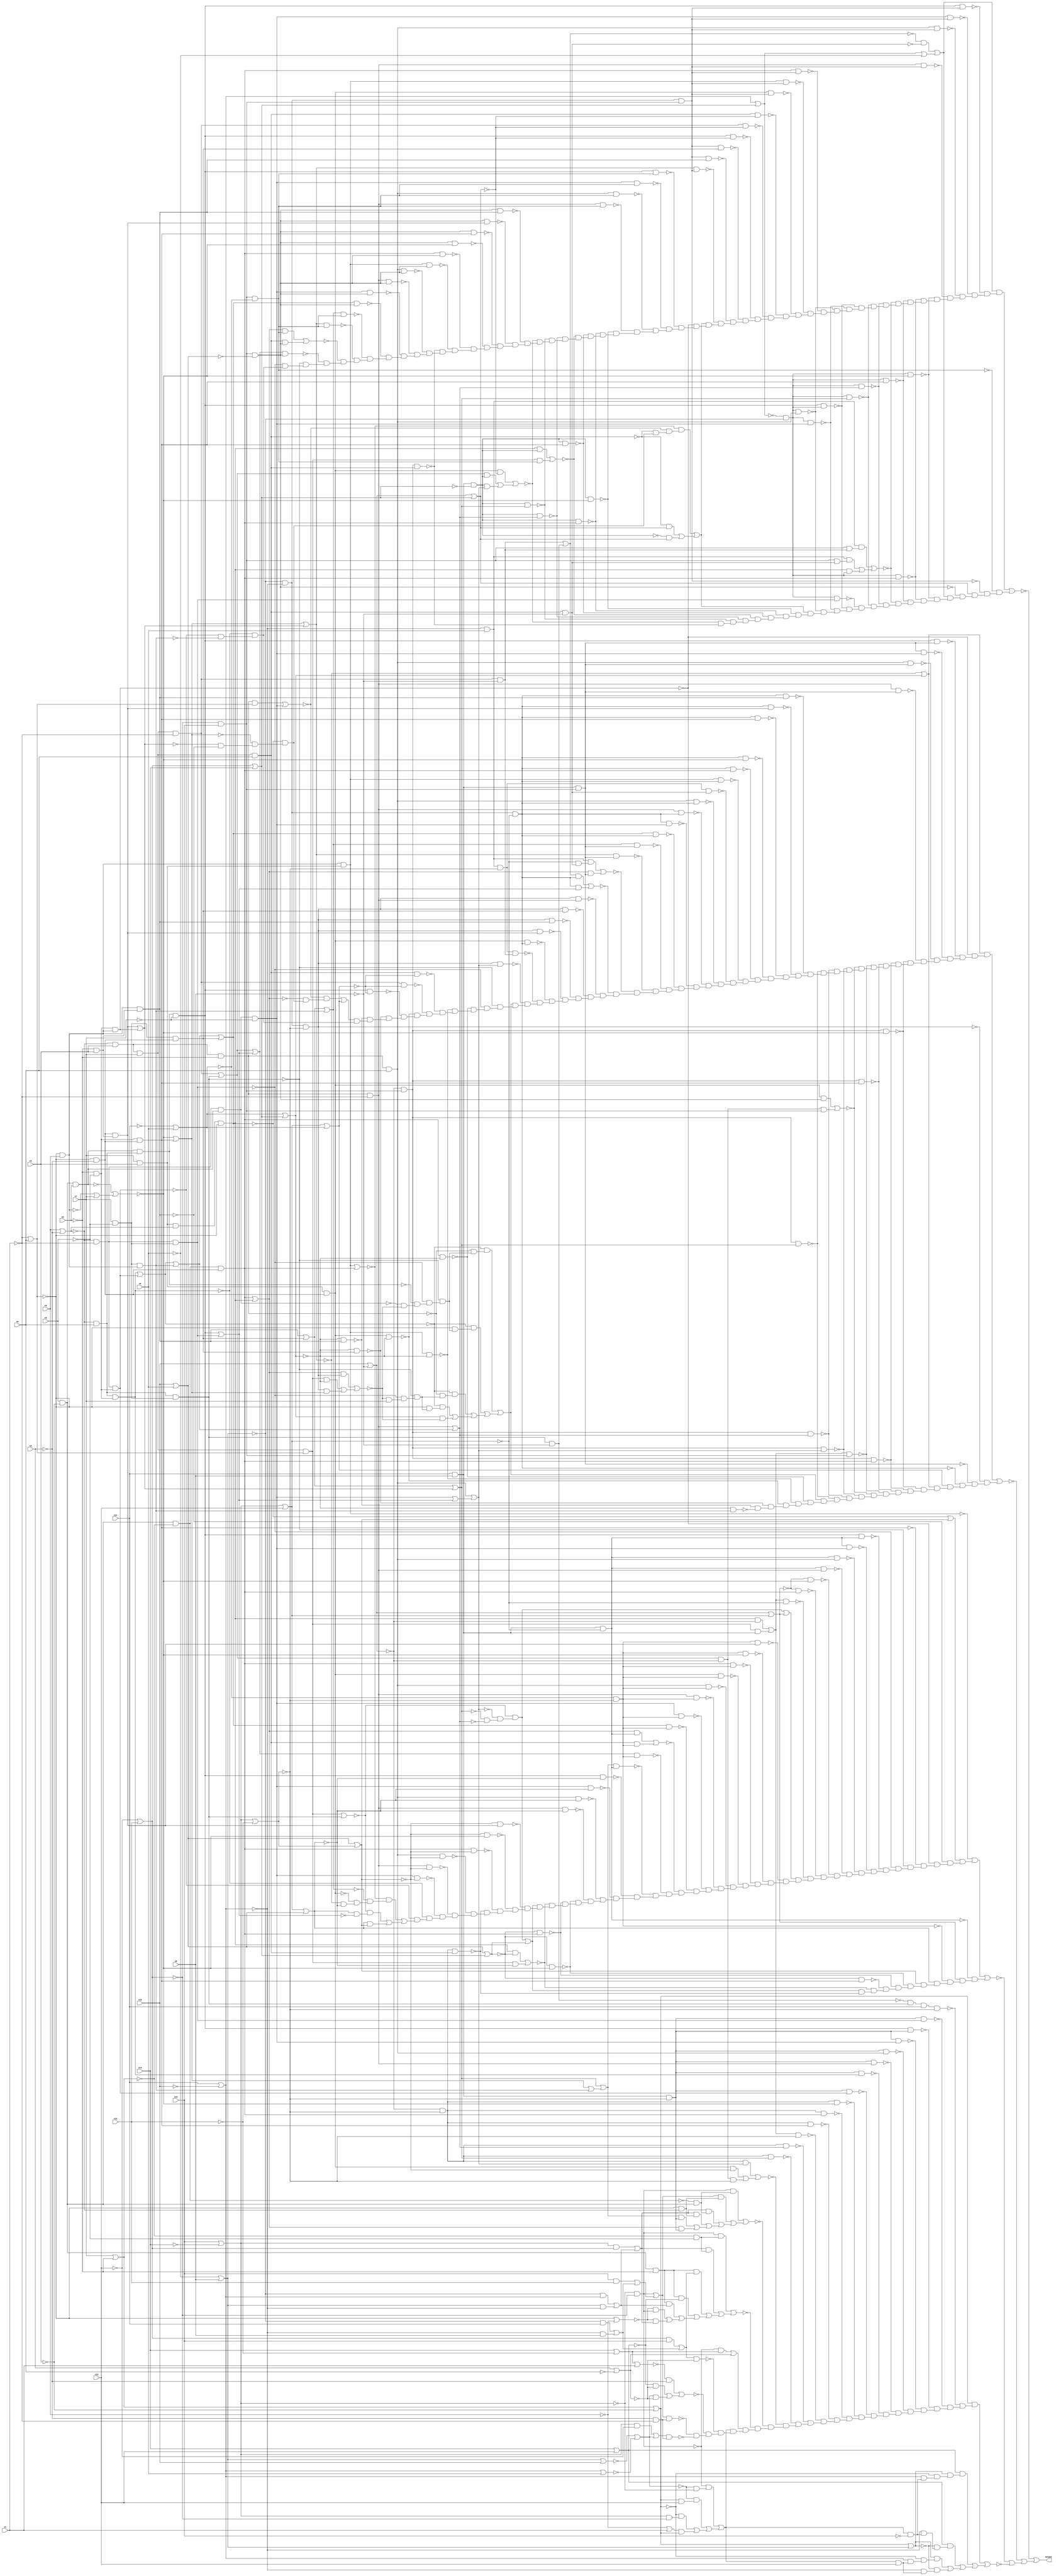
// IWLS benchmark module "t481" printed on Wed May 29 17:29:17 2002
module t481(v0, v1, v2, v3, v4, v5, v6, v7, v8, v9, v10, v11, v12, v13, v14, v15, \v16.0 );
input
  v10,
  v11,
  v12,
  v13,
  v14,
  v15,
  v0,
  v1,
  v2,
  v3,
  v4,
  v5,
  v6,
  v7,
  v8,
  v9;
output
  \v16.0 ;
wire
  \[60] ,
  \[338] ,
  \[145] ,
  \[13028] ,
  \[61] ,
  \[146] ,
  \[62] ,
  \[13963] ,
  \[147] ,
  \[63] ,
  \[148] ,
  \[64] ,
  \[13412] ,
  \[149] ,
  \[436] ,
  \[65] ,
  \[12664] ,
  \[8397] ,
  \[66] ,
  \[1182] ,
  \[8415] ,
  \[438] ,
  \[67] ,
  \[439] ,
  \[68] ,
  \[69] ,
  \[13129] ,
  \[343] ,
  \[0] ,
  \[344] ,
  \[1] ,
  \[345] ,
  \[2] ,
  \[13592] ,
  \[153] ,
  \[3] ,
  \[440] ,
  \[5649] ,
  \[12961] ,
  \[1478] ,
  \[154] ,
  \[4] ,
  \[441] ,
  \[70] ,
  \[155] ,
  \[5] ,
  \[442] ,
  \[71] ,
  \[156] ,
  \[6] ,
  \[443] ,
  \[72] ,
  \[7] ,
  \[73] ,
  \[11753] ,
  \[8] ,
  \[74] ,
  \[2687] ,
  \[159] ,
  \[9] ,
  \[75] ,
  \[11472] ,
  \[2705] ,
  \[76] ,
  \[448] ,
  \[77] ,
  \[449] ,
  \[78] ,
  \[256] ,
  \[79] ,
  \[6571] ,
  \[259] ,
  \[10079] ,
  \[13694] ,
  \[163] ,
  \[1581] ,
  \[164] ,
  \[80] ,
  \[11190] ,
  \[165] ,
  \[81] ,
  \[453] ,
  \[82] ,
  \[260] ,
  \[454] ,
  \[83] ,
  \[261] ,
  \[455] ,
  \[84] ,
  \[262] ,
  \[8433] ,
  \[169] ,
  \[456] ,
  \[85] ,
  \[263] ,
  \[86] ,
  \[458] ,
  \[87] ,
  \[11576] ,
  \[13525] ,
  \[88] ,
  \[13627] ,
  \[12494] ,
  \[89] ,
  \[361] ,
  \[268] ,
  \[362] ,
  \[1030] ,
  \[269] ,
  \[12784] ,
  \[363] ,
  \[364] ,
  \[171] ,
  \[14256] ,
  \[10] ,
  \[5667] ,
  \[365] ,
  \[172] ,
  \[11] ,
  \[1033] ,
  \[173] ,
  \[12] ,
  \[1514] ,
  \[367] ,
  \[174] ,
  \[13] ,
  \[368] ,
  \[14] ,
  \[91] ,
  \[13244] ,
  \[15] ,
  \[463] ,
  \[92] ,
  \[270] ,
  \[464] ,
  \[93] ,
  \[10110] ,
  \[2723] ,
  \[17] ,
  \[465] ,
  \[13348] ,
  \[94] ,
  \[18] ,
  \[95] ,
  \[96] ,
  \[97] ,
  \[98] ,
  \[100] ,
  \[99] ,
  \[101] ,
  \[102] ,
  \[373] ,
  \[103] ,
  \[374] ,
  \[104] ,
  \[181] ,
  \[375] ,
  \[105] ,
  \[106] ,
  \[183] ,
  \[10095] ,
  \[107] ,
  \[184] ,
  \[23] ,
  \[108] ,
  \[185] ,
  \[24] ,
  \[109] ,
  \[187] ,
  \[26] ,
  \[474] ,
  \[27] ,
  \[475] ,
  \[12822] ,
  \[28] ,
  \[476] ,
  \[300] ,
  \[29] ,
  \[13063] ,
  \[477] ,
  \[301] ,
  \[302] ,
  \[303] ,
  \[110] ,
  \[1241] ,
  \[287] ,
  \[304] ,
  \[111] ,
  \[288] ,
  \[305] ,
  \[112] ,
  \[289] ,
  \[10319] ,
  \[113] ,
  \[307] ,
  \[114] ,
  \[308] ,
  \[115] ,
  \[672] ,
  \[403] ,
  \[193] ,
  \[32] ,
  \[5689] ,
  \[117] ,
  \[404] ,
  \[194] ,
  \[33] ,
  \[118] ,
  \[10123] ,
  \[405] ,
  \[195] ,
  \[34] ,
  \[119] ,
  \[35] ,
  \[1537] ,
  \[213] ,
  \[36] ,
  \[214] ,
  \[215] ,
  \[216] ,
  \[293] ,
  \[39] ,
  \[218] ,
  \[313] ,
  \[120] ,
  \[314] ,
  \[121] ,
  \[298] ,
  \[5711] ,
  \[315] ,
  \[299] ,
  \[10516] ,
  \[393] ,
  \[123] ,
  \[394] ,
  \[124] ,
  \[40] ,
  \[395] ,
  \[125] ,
  \[12359] ,
  \[41] ,
  \[1063] ,
  \[396] ,
  \[127] ,
  \[971] ,
  \[43] ,
  \[11539] ,
  \[129] ,
  \[45] ,
  \[223] ,
  \[46] ,
  \[224] ,
  \[10693] ,
  \[47] ,
  \[48] ,
  \[49] ,
  \[130] ,
  \[14213] ,
  \[13103] ,
  \[131] ,
  \[132] ,
  \[12848] ,
  \[12745] ,
  \[133] ,
  \[10795] ,
  \[134] ,
  \[50] ,
  \[135] ,
  \[51] ,
  \[136] ,
  \[52] ,
  \[11641] ,
  \[53] ,
  \[54] ,
  \[10626] ,
  \[55] ,
  \[10728] ,
  \[56] ,
  \[2669] ,
  \[57] ,
  \[1559] ,
  \[58] ,
  \[59] ,
  \[794] ,
  \[14132] ,
  \[333] ,
  \[1464] ,
  \[334] ,
  \[13386] ,
  \[335] ,
  \[1273] ,
  \[336] ,
  \[143] ,
  \[13311] ;
assign
  \[60]  = \[12]  | \[10] ,
  \[338]  = 0,
  \[145]  = \[53]  | (\[52]  | \[8433] ),
  \[13028]  = \[109]  & \[53] ,
  \[61]  = \[33]  & \[11] ,
  \[146]  = \[129]  & ~\[6] ,
  \[62]  = \[45]  & ~\[15] ,
  \[13963]  = \[85]  & \[61] ,
  \[147]  = \[45]  & ~v6,
  \[63]  = v2 | ~v0,
  \[148]  = ~\[1581]  & \[5649] ,
  \[64]  = \[62]  & \[47] ,
  \[13412]  = \[118]  & \[65] ,
  \[149]  = v7 & ~v5,
  \[436]  = \[84]  & ~\[58] ,
  \[65]  = \[11]  & ~\[10] ,
  \[12664]  = \[77]  & \[67] ,
  \[8397]  = \[169]  & \[159] ,
  \[66]  = \[5711]  & ~v7,
  \[1182]  = (~\[132]  & (~\[55]  & (~\[53]  & ~\[50] ))) | \[71] ,
  \[8415]  = \[174]  & \[159] ,
  \[438]  = 0,
  \[67]  = \[33]  & ~\[12] ,
  \[439]  = \[120]  & ~\[58] ,
  \[68]  = \[5]  | v9,
  \[69]  = (~\[7]  & \[5] ) | (\[7]  & ~\[5] ),
  \[13129]  = (\[101]  & \[56] ) | (\[89]  & \[11] ),
  \[343]  = \[109]  & \[64] ,
  \[0]  = ~\[794]  | (~\[1033]  | (~\[1273]  | ~\[1514] )),
  \[344]  = \[109]  & ~\[13] ,
  \[1]  = ~v13 | v12,
  \[345]  = \[109]  & \[2723] ,
  \[2]  = v15 | ~v14,
  \[13592]  = \[82]  & \[53] ,
  \[153]  = \[75]  & ~\[54] ,
  \[3]  = \[1]  | v14,
  \[440]  = \[100]  & ~\[58] ,
  \[5649]  = \[169]  & \[149] ,
  \[12961]  = \[59]  & \[11] ,
  \[1478]  = (~\[114]  & \[48] ) | \[63] ,
  \[154]  = \[73]  & ~\[54] ,
  \[4]  = v3 | ~v2,
  \[441]  = \[101]  & \[61] ,
  \[70]  = \[7]  | v10,
  \[155]  = \[66]  & ~\[54] ,
  \[5]  = v11 | ~v10,
  \[442]  = \[102]  & \[61] ,
  \[71]  = \[9]  | \[3] ,
  \[156]  = \[84]  & ~\[54] ,
  \[6]  = ~v1 | v0,
  \[443]  = \[64]  & \[61] ,
  \[72]  = \[23]  & \[11] ,
  \[7]  = ~v9 | v8,
  \[73]  = \[36]  & v0,
  \[11753]  = \[59]  & ~\[12] ,
  \[8]  = \[2]  | ~v12,
  \[74]  = ~\[6]  & v3,
  \[2687]  = \[47]  & (~v6 & v4),
  \[159]  = ~v6 & ~v5,
  \[9]  = v10 | v9,
  \[75]  = \[36]  & ~v1,
  \[11472]  = \[77]  & \[57] ,
  \[2705]  = \[159]  & \[74] ,
  \[76]  = \[17]  | \[12] ,
  \[448]  = \[61]  & \[2669] ,
  \[77]  = \[41]  | \[6571] ,
  \[449]  = \[61]  & \[6571] ,
  \[78]  = (v15 & v12) | \[49] ,
  \[256]  = \[84]  & ~\[60] ,
  \[79]  = \[23]  & ~\[8] ,
  \[6571]  = \[149]  & \[47] ,
  \[259]  = \[101]  & ~\[18] ,
  \[10079]  = \[108]  & (~v2 & ~v1),
  \[13694]  = (\[101]  & ~\[58] ) | ((\[88]  & \[82] ) | (\[82]  & \[55] )),
  \[163]  = ~\[71]  & \[64] ,
  \[1581]  = \[5649]  & ~v8,
  \v16.0  = \[0] ,
  \[164]  = ~\[71]  & ~\[13] ,
  \[80]  = \[23]  & ~\[12] ,
  \[11190]  = (\[146]  & ~\[71] ) | (\[110]  & ~\[54] ),
  \[165]  = ~\[71]  & \[2723] ,
  \[81]  = \[33]  & ~\[8] ,
  \[453]  = \[75]  & \[61] ,
  \[82]  = \[23]  & ~\[3] ,
  \[260]  = \[120]  & ~\[60] ,
  \[454]  = \[73]  & \[61] ,
  \[83]  = ~\[14]  & ~\[7] ,
  \[261]  = \[100]  & ~\[60] ,
  \[455]  = \[66]  & \[61] ,
  \[84]  = \[5689]  & ~v7,
  \[262]  = \[102]  & ~\[18] ,
  \[8433]  = \[149]  & \[74] ,
  \[169]  = ~\[4]  & v0,
  \[456]  = \[84]  & \[61] ,
  \[85]  = \[52]  | \[40] ,
  \[263]  = \[64]  & ~\[18] ,
  \[86]  = ~\[5]  & v9,
  \[458]  = 0,
  \[87]  = ~\[70]  | ~\[68] ,
  \[11576]  = (\[115]  & \[80] ) | (\[100]  & \[57] ),
  \[13525]  = (\[146]  & \[82] ) | (\[110]  & \[65] ),
  \[88]  = \[120]  | \[5649] ,
  \[13627]  = \[82]  & \[50] ,
  \[12494]  = \[81]  & \[55] ,
  \[89]  = \[88]  & ~\[17] ,
  \[361]  = \[109]  & \[100] ,
  \[268]  = ~\[18]  & \[2669] ,
  \[362]  = \[102]  & \[56] ,
  \[1030]  = (~\[117]  & (~\[115]  & (~\[77]  & (~\[52]  & (~\[40]  & ~\[2669] ))))) | \[60] ,
  \[269]  = ~\[18]  & \[6571] ,
  \[12784]  = (\[86]  & (~\[12]  & \[1537] )) | (\[115]  & \[72] ),
  \[363]  = \[64]  & \[56] ,
  \[364]  = \[56]  & ~\[13] ,
  \[171]  = \[45]  & v6,
  \[14256]  = \[83]  & \[50] ,
  \[10]  = ~v11 | v9,
  \[5667]  = \[174]  & \[149] ,
  \[365]  = \[56]  & \[2723] ,
  \[172]  = \[148]  & v11,
  \[11]  = ~\[1]  & v15,
  \[1033]  = (\[28]  & (~\[2705]  & (~\[336]  & (~\[335]  & (~\[334]  & (~\[333]  & (~\[344]  & (~\[343]  & (~\[345]  & (~\[12961]  & (~\[13129]  & (~\[13103]  & (~\[13063]  & (~\[13028]  & (~\[308]  & (~\[307]  & (~\[305]  & (~\[304]  & (~\[303]  & (~\[302]  & (~\[301]  & (~\[314]  & (~\[313]  & (~\[315]  & (~\[12664]  & (~\[12848]  & (~\[12822]  & (~\[12784]  & (~\[12745]  & (~\[293]  & (~\[289]  & (~\[288]  & (~\[287]  & (~\[299]  & (~\[300]  & (~\[12494]  & (\[971]  & (~\[5649]  & (~\[5667]  & (~\[263]  & (~\[262]  & (~\[261]  & (~\[260]  & (~\[259]  & (~\[256]  & (~\[269]  & (~\[268]  & (\[1030]  & (~\[8397]  & (~\[8415]  & ~\[8433] )))))))))))))))))))))))))))))))))))))))))))))))))) | (~\[81]  & (~\[72]  & (~\[67]  & (\[60]  & (\[28]  & (~\[344]  & (~\[343]  & (~\[345]  & (~\[12961]  & (~\[13129]  & (~\[13103]  & (~\[13063]  & (~\[13028]  & (\[971]  & (~\[263]  & (~\[262]  & (~\[259]  & (~\[269]  & (~\[268]  & ~\[270] ))))))))))))))))))),
  \[173]  = \[86]  & ~\[8] ,
  \[12]  = \[2]  | v13,
  \[1514]  = (\[32]  & (~\[98]  & (~\[97]  & (~\[96]  & (~\[95]  & (~\[94]  & (~\[93]  & (~\[92]  & (~\[91]  & (~\[104]  & (~\[103]  & (~\[105]  & (~\[10626]  & (~\[10728]  & (~\[10693]  & (~\[10795]  & (~\[10516]  & (~\[10319]  & (\[1478]  & (\[1464]  & (~\[10123]  & (~\[10110]  & (~\[10095]  & ~\[10079] ))))))))))))))))))))))) | ((\[99]  & (\[34]  & (~\[32]  & (\[5]  & (\[1464]  & ~v15))))) | ((\[99]  & (~\[34]  & (~\[5]  & (\[1464]  & ~v15)))) | ((\[34]  & (~\[32]  & (\[5]  & (\[1464]  & v13)))) | (~\[34]  & (~\[5]  & (\[1464]  & v13)))))),
  \[367]  = \[56]  & \[2687] ,
  \[174]  = ~\[4]  & ~v1,
  \[13]  = ~\[171]  | (~\[74]  | v7),
  \[368]  = \[56]  & \[2669] ,
  \[14]  = \[5]  | \[3] ,
  \[91]  = \[79]  & \[8415] ,
  \[13244]  = \[77]  & \[56] ,
  \[15]  = v7 | ~v6,
  \[463]  = \[83]  & \[64] ,
  \[92]  = \[79]  & \[8397] ,
  \[270]  = ~\[18]  & \[8433] ,
  \[464]  = \[83]  & ~\[13] ,
  \[93]  = \[79]  & \[75] ,
  \[10110]  = (~\[119]  & ~v2) | ((~\[99]  & ~\[63] ) | (\[87]  & ~\[63] )),
  \[2723]  = \[159]  & \[47] ,
  \[17]  = v10 | ~v8,
  \[465]  = \[83]  & \[2723] ,
  \[13348]  = (\[115]  & \[65] ) | (\[100]  & \[56] ),
  \[94]  = \[79]  & \[73] ,
  \[18]  = \[10]  | \[3] ,
  \[95]  = \[79]  & \[66] ,
  \[96]  = \[84]  & \[79] ,
  \[97]  = \[79]  & \[5667] ,
  \[98]  = \[172]  & ~\[8] ,
  \[100]  = \[46]  & v0,
  \[99]  = v14 | v13,
  \[101]  = \[51]  & \[47] ,
  \[102]  = \[74]  & \[51] ,
  \[373]  = \[75]  & \[56] ,
  \[103]  = \[111]  & \[64] ,
  \[374]  = \[73]  & \[56] ,
  \[104]  = \[111]  & ~\[13] ,
  \[181]  = \[101]  & \[57] ,
  \[375]  = \[66]  & \[56] ,
  \[105]  = \[111]  & \[2723] ,
  \[106]  = (\[2]  & \[1] ) | \[69] ,
  \[183]  = \[64]  & \[57] ,
  \[10095]  = \[107]  & (~v2 & ~v1),
  \[107]  = \[114]  | \[78] ,
  \[184]  = \[57]  & ~\[13] ,
  \[23]  = v11 & v8,
  \[108]  = (\[2]  & ~v13) | \[87] ,
  \[185]  = 0,
  \[24]  = \[9]  | \[8] ,
  \[109]  = ~\[17]  & \[11] ,
  \[187]  = \[57]  & \[2687] ,
  \[26]  = (~\[131]  & ~\[1537] ) | (\[14]  | ~v9),
  \[474]  = \[83]  & \[73] ,
  \[27]  = ~\[4]  & v4,
  \[475]  = \[83]  & \[66] ,
  \[12822]  = \[85]  & \[72] ,
  \[28]  = ~\[85]  | \[18] ,
  \[476]  = \[84]  & \[83] ,
  \[300]  = \[173]  & \[1559] ,
  \[29]  = ~\[77]  | \[24] ,
  \[13063]  = \[109]  & \[50] ,
  \[477]  = \[83]  & \[5667] ,
  \[301]  = \[173]  & \[1537] ,
  \[302]  = \[102]  & \[67] ,
  \[303]  = \[67]  & \[64] ,
  \[110]  = \[46]  & \[6] ,
  \[1241]  = (~\[136]  & (~\[118]  & (~\[101]  & (~\[85]  & ~\[54] )))) | ((~\[132]  & (\[54]  & ~\[35] )) | (\[54]  & \[24] )),
  \[287]  = \[81]  & \[2687] ,
  \[304]  = \[67]  & ~\[13] ,
  \[111]  = ~\[17]  & ~\[8] ,
  \[288]  = \[81]  & \[2669] ,
  \[305]  = \[67]  & \[2723] ,
  \[112]  = ~v3 | v1,
  \[289]  = \[81]  & \[6571] ,
  \[10319]  = (\[114]  & (~\[15]  & ~v5)) | ((\[106]  & (~\[15]  & ~v5)) | ((\[147]  & \[113] ) | ((\[147]  & ~\[99] ) | ((\[147]  & \[69] ) | ((~\[130]  & \[114] ) | (~\[130]  & \[106] )))))),
  \[113]  = (\[1]  & v15) | \[49] ,
  \[307]  = \[67]  & \[2687] ,
  \[114]  = ~\[2]  & ~\[1] ,
  \[308]  = \[67]  & \[2669] ,
  \[115]  = (\[62]  & \[47] ) | \[146] ,
  \[672]  = (~\[136]  & (~\[117]  & (~\[100]  & (~\[77]  & (~\[52]  & (~\[40]  & ~\[2669] )))))) | ((~\[100]  & \[58] ) | (~\[82]  & \[58] )),
  \[403]  = \[82]  & \[64] ,
  \[193]  = \[75]  & \[57] ,
  \[32]  = \[15]  | ~v4,
  \[5689]  = \[171]  & \[169] ,
  \[117]  = (\[36]  & \[6] ) | \[66] ,
  \[404]  = \[82]  & ~\[13] ,
  \[194]  = \[73]  & \[57] ,
  \[33]  = ~\[7]  & ~\[5] ,
  \[118]  = \[43]  | \[8433] ,
  \[10123]  = \[113]  & ~\[63] ,
  \[405]  = \[82]  & \[2723] ,
  \[195]  = \[66]  & \[57] ,
  \[34]  = \[32]  | \[7] ,
  \[119]  = \[48]  | v1,
  \[35]  = \[84]  | \[5667] ,
  \[1537]  = \[100]  & ~v8,
  \[213]  = \[80]  & \[75] ,
  \[36]  = \[27]  & ~v6,
  \[214]  = \[80]  & \[73] ,
  \[215]  = \[80]  & \[66] ,
  \[216]  = \[84]  & \[80] ,
  \[293]  = \[81]  & \[75] ,
  \[39]  = \[8397]  | \[8415] ,
  \[218]  = 0,
  \[313]  = \[75]  & \[67] ,
  \[120]  = \[46]  & ~v1,
  \[314]  = \[73]  & \[67] ,
  \[121]  = \[111]  & \[100] ,
  \[298]  = 0,
  \[5711]  = \[174]  & \[171] ,
  \[315]  = \[67]  & \[66] ,
  \[299]  = \[101]  & \[67] ,
  \[10516]  = (\[114]  & (~\[62]  & \[45] )) | ((\[107]  & (~\[6]  & ~\[4] )) | ((\[106]  & (~\[62]  & \[45] )) | ((\[106]  & (~\[6]  & ~\[4] )) | ((\[145]  & \[79] ) | (\[115]  & \[79] ))))),
  \[393]  = \[75]  & \[65] ,
  \[123]  = \[64]  & ~\[24] ,
  \[394]  = \[73]  & \[65] ,
  \[124]  = ~\[24]  & ~\[13] ,
  \[40]  = \[2687]  | \[2705] ,
  \[395]  = \[66]  & \[65] ,
  \[125]  = 0,
  \[12359]  = (\[115]  & \[81] ) | ((\[110]  & ~\[18] ) | (\[81]  & \[52] )),
  \[41]  = \[39]  | \[8433] ,
  \[1063]  = (~\[132]  & (~\[55]  & (~\[53]  & ~\[50] ))) | \[76] ,
  \[396]  = \[84]  & \[65] ,
  \[127]  = ~\[24]  & \[2687] ,
  \[971]  = (~\[39]  & (~\[36]  & (~\[5649]  & (~\[5667]  & (~\[5689]  & (~\[5711]  & ~\[12359] )))))) | ((~\[39]  & (~\[6]  & (~\[5649]  & (~\[5667]  & (~\[5689]  & (~\[5711]  & ~\[12359] )))))) | ((~\[39]  & (~\[36]  & (~\[5649]  & (~\[5667]  & (~\[12359]  & v7))))) | ((~\[39]  & (~\[6]  & (~\[5649]  & (~\[5667]  & (~\[12359]  & v7))))) | (\[18]  & ~\[12359] )))),
  \[43]  = \[2669]  | \[6571] ,
  \[11539]  = \[143]  & \[57] ,
  \[129]  = \[51]  & \[4] ,
  \[45]  = v5 & ~v4,
  \[223]  = ~\[76]  & \[64] ,
  \[46]  = \[27]  & v7,
  \[224]  = ~\[76]  & ~\[13] ,
  \[10693]  = \[111]  & \[53] ,
  \[47]  = ~\[6]  & ~v2,
  \[48]  = v14 | ~v12,
  \[49]  = (~\[7]  & v11) | (~\[5]  & v8),
  \[130]  = ~\[6]  | ~v3,
  \[14213]  = \[83]  & \[53] ,
  \[13103]  = \[109]  & \[55] ,
  \[131]  = \[1559]  | \[1581] ,
  \[132]  = \[110]  | \[5649] ,
  \[12848]  = \[118]  & \[72] ,
  \[12745]  = (\[131]  & \[67] ) | (\[67]  & \[35] ),
  \[133]  = \[75]  & ~\[24] ,
  \[10795]  = (\[111]  & \[55] ) | ((\[101]  & ~\[24] ) | (\[89]  & ~\[8] )),
  \[134]  = \[73]  & ~\[24] ,
  \[50]  = \[75]  | \[41] ,
  \[135]  = \[66]  & ~\[24] ,
  \[51]  = v7 & v4,
  \[136]  = \[102]  | \[64] ,
  \[52]  = ~\[13]  | \[2723] ,
  \[11641]  = \[145]  & \[80] ,
  \[53]  = \[43]  | \[40] ,
  \[54]  = \[12]  | \[9] ,
  \[10626]  = \[59]  & ~\[8] ,
  \[55]  = \[73]  | (\[66]  | \[35] ),
  \[10728]  = \[111]  & \[50] ,
  \[56]  = \[11]  & ~\[9] ,
  \[2669]  = \[74]  & (~v6 & v4),
  \[57]  = ~\[10]  & ~\[8] ,
  \[1559]  = \[120]  & ~v8,
  \[58]  = \[17]  | \[3] ,
  \[59]  = (\[146]  & ~\[17] ) | (\[110]  & \[23] ),
  \[794]  = (\[26]  & (~\[456]  & (~\[455]  & (~\[454]  & (~\[453]  & (~\[464]  & (~\[463]  & (~\[465]  & (~\[14132]  & (~\[14256]  & (~\[14213]  & (~\[476]  & (~\[475]  & (~\[474]  & (~\[443]  & (~\[442]  & (~\[441]  & (~\[440]  & (~\[439]  & (~\[436]  & (~\[449]  & (~\[448]  & (~\[13963]  & (\[672]  & (~\[2705]  & (~\[396]  & (~\[395]  & (~\[394]  & (~\[393]  & (~\[404]  & (~\[403]  & (~\[405]  & (~\[13525]  & (~\[13627]  & (~\[13592]  & (~\[13694]  & (~\[368]  & (~\[367]  & (~\[365]  & (~\[364]  & (~\[363]  & (~\[362]  & (~\[361]  & (~\[374]  & (~\[373]  & (~\[375]  & (~\[13244]  & (~\[13412]  & (~\[13386]  & (~\[13348]  & (~\[13311]  & (~\[5649]  & (~\[5667]  & (~\[8397]  & (~\[8415]  & ~\[8433] ))))))))))))))))))))))))))))))))))))))))))))))))))))))) | (~\[65]  & (~\[61]  & (\[58]  & (~\[56]  & (\[26]  & (~\[464]  & (~\[463]  & (~\[465]  & (~\[14132]  & (~\[14256]  & (~\[14213]  & (~\[477]  & (~\[476]  & (~\[475]  & (~\[474]  & (\[672]  & (~\[404]  & (~\[403]  & (~\[405]  & (~\[13525]  & (~\[13627]  & (~\[13592]  & (~\[13694]  & ~\[361] ))))))))))))))))))))))),
  \[14132]  = (\[86]  & (\[11]  & \[1559] )) | ((\[86]  & (\[11]  & \[1537] )) | (\[146]  & \[83] )),
  \[333]  = \[75]  & \[72] ,
  \[1464]  = (~\[114]  & (~\[87]  & ~\[2] )) | ((~\[87]  & (\[32]  & v13)) | ((~\[32]  & (\[2]  & ~\[1] )) | (\[112]  & \[32] ))),
  \[334]  = \[73]  & \[72] ,
  \[13386]  = \[85]  & \[65] ,
  \[335]  = \[72]  & \[66] ,
  \[1273]  = (~\[102]  & (\[29]  & (~\[2669]  & (~\[2705]  & (~\[2723]  & (~\[5649]  & (~\[5667]  & (~\[216]  & (~\[215]  & (~\[214]  & (~\[213]  & (~\[224]  & (~\[223]  & (~\[11753]  & (\[1063]  & (~\[187]  & (~\[184]  & (~\[183]  & (~\[181]  & (~\[194]  & (~\[193]  & (~\[195]  & (~\[11472]  & (~\[11576]  & (~\[11539]  & (~\[11641]  & (~\[156]  & (~\[155]  & (~\[154]  & (~\[153]  & (~\[164]  & (~\[163]  & (~\[11190]  & (\[1182]  & (~\[127]  & (~\[124]  & (~\[123]  & (~\[121]  & (~\[134]  & (~\[133]  & (~\[135]  & (~\[8397]  & (~\[8415]  & \[1241] ))))))))))))))))))))))))))))))))))))))))))) | (~\[80]  & (\[76]  & (~\[57]  & (\[54]  & (\[24]  & (~\[164]  & (~\[163]  & (~\[165]  & (~\[11190]  & (\[1182]  & ~\[121] )))))))))),
  \[336]  = \[84]  & \[72] ,
  \[143]  = \[88]  | \[35] ,
  \[13311]  = \[143]  & \[56] ;
endmodule